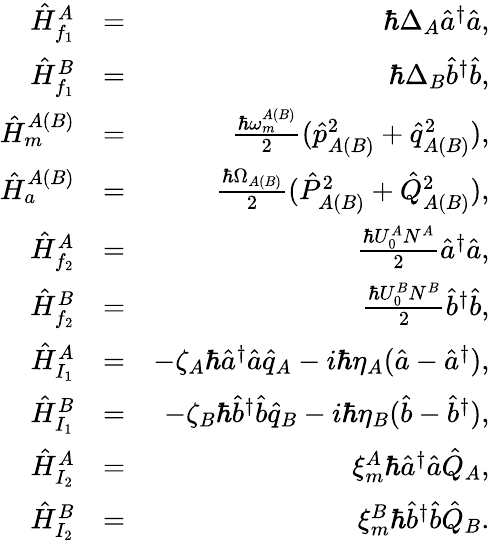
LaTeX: \begin{array}{rlr}{\hat{H}_{f_{1}}^{A}}&{=}&{\hbar\Delta_{A}\hat{a}^{\dagger}\hat{a},}\\ {\hat{H}_{f_{1}}^{B}}&{=}&{\hbar\Delta_{B}\hat{b}^{\dagger}\hat{b},}\\ {\hat{H}_{m}^{A(B)}}&{=}&{\frac{\hbar\omega_{m}^{A(B)}}{2}(\hat{p}_{A(B)}^{2}+\hat{q}_{A(B)}^{2}),}\\ {\hat{H}_{a}^{A(B)}}&{=}&{\frac{\hbar\Omega_{A(B)}}{2}(\hat{P}_{A(B)}^{2}+\hat{Q}_{A(B)}^{2}),}\\ {\hat{H}_{f_{2}}^{A}}&{=}&{\frac{\hbar U_{0}^{A}N^{A}}{2}\hat{a}^{\dagger}\hat{a},}\\ {\hat{H}_{f_{2}}^{B}}&{=}&{\frac{\hbar U_{0}^{B}N^{B}}{2}\hat{b}^{\dagger}\hat{b},}\\ {\hat{H}_{I_{1}}^{A}}&{=}&{-\zeta_{A}\hbar\hat{a}^{\dagger}\hat{a}\hat{q}_{A}-i\hbar\eta_{A}(\hat{a}-\hat{a}^{\dagger}),}\\ {\hat{H}_{I_{1}}^{B}}&{=}&{-\zeta_{B}\hbar\hat{b}^{\dagger}\hat{b}\hat{q}_{B}-i\hbar\eta_{B}(\hat{b}-\hat{b}^{\dagger}),}\\ {\hat{H}_{I_{2}}^{A}}&{=}&{\xi_{m}^{A}\hbar\hat{a}^{\dagger}\hat{a}\hat{Q}_{A},}\\ {\hat{H}_{I_{2}}^{B}}&{=}&{\xi_{m}^{B}\hbar\hat{b}^{\dagger}\hat{b}\hat{Q}_{B}.}\end{array}